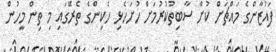
ފައުޒާންގެ މައްޗަށް ކުށް ސާބިތުކުރުމަށް ހުށަހެޅި ހެކިންގެ ތެރޭގައި މި ތިން މީހުން